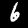
Digit: 6